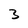
Character: 3